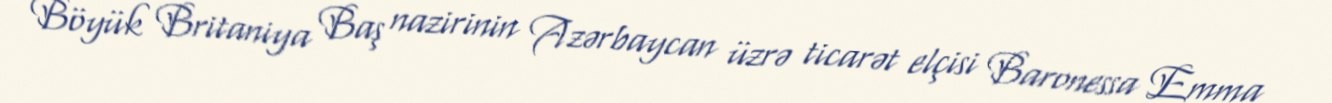
Böyük Britaniya Baş nazirinin Azərbaycan üzrə ticarət elçisi Baronessa Emma